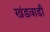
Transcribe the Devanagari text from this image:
खंडवाडी